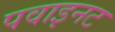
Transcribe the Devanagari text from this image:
पवाइनट